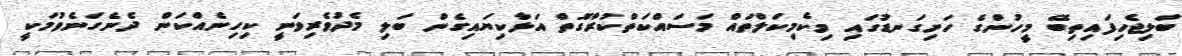
ބަލިޖެހިފައިތިބޭ މީހުންގެ ހަށިގަނޑުގައި މިކެމިކަލްތައް މަސައްކަތްކުރާގޮތް އަޅާކިޔައިގެން ބަލި މެދުވެރިވަނީ ކިހިނެއްކަން ދެނެގަނެވުމަކީ